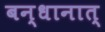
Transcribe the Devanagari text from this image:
बन्धानात्